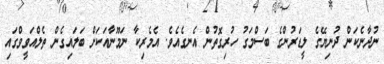
ނުދާނެކަން ދުނިޔޭގެ ލީޑަރުންގެ ބަސްމަގު ހުރިގޮތުން އެނގެއެވެ. އެމެރިކާ ނަމޫނާއަކަށް ބަލައިގެން ތެލްއަވީވްގައި